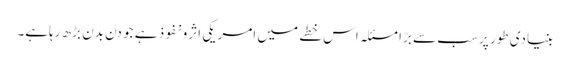
بنیادی طور پر سب سے بڑا مسئلہ اس خطے میں امریکی اثرو نفوذ ہے جو دن بدن بڑھ رہاہے۔